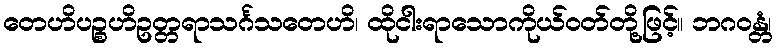
တေဟိပဉ္စဟိဥတ္တရာသင်္ဂသတေဟိ၊ ထိုငါးရာသောကိုယ်ဝတ်တို့ဖြင့်။ ဘဂဝန္တံ၊